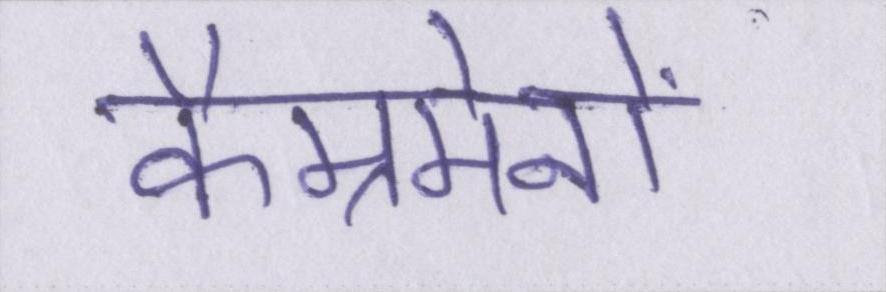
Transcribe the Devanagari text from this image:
कैम्रमेनों